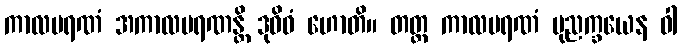
ကာလမရဏံ အကာလမရဏန္တိ ဒုဝိဓံ ဟောတိ။ တတ္ထ ကာလမရဏံ ပုညက္ခယေန ဝါ